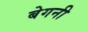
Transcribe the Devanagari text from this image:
बेगनी